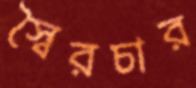
স্বৈরচার